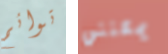
توائم يمكنني